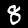
Label: 8